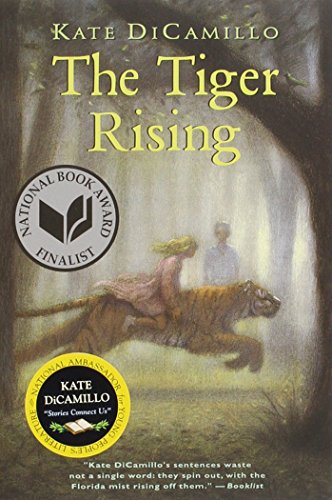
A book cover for The Tiger Rising; Kate DiCamillo; Children's Books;